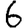
Digit: 6